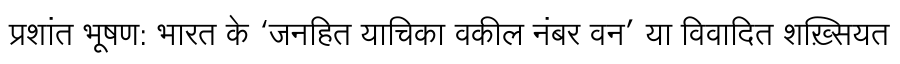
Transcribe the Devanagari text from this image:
प्रशांत भूषण: भारत के ‘जनहित याचिका वकील नंबर वन’ या विवादित शख़्सियत